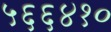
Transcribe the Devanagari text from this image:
५६६४१०